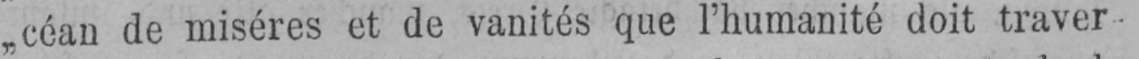
„céan de misères et de vanités que l’humanité doit traver